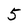
Character: 5